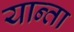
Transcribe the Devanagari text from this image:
यान्ता